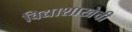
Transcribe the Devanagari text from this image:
विद्याशाखेची